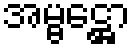
အမ္ဗဋ္ဌော